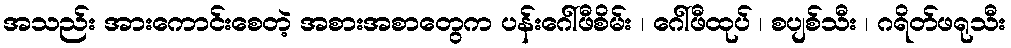
အသည်း အားကောင်းစေတဲ့ အစားအစာတွေက ပန်းဂေါ်ဖီစိမ်း ၊ ဂေါ်ဖီထုပ် ၊ စပျစ်သီး ၊ ဂရိတ်ဖရုသီး